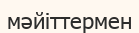
мәйіттермен